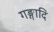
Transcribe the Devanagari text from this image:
गङ्गादि